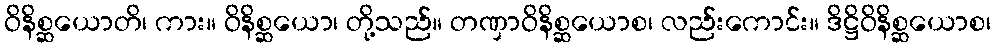
ဝိနိစ္ဆယောတိ၊ ကား။ ဝိနိစ္ဆယော၊ တို့သည်။ တဏှာဝိနိစ္ဆယောစ၊ လည်းကောင်း။ ဒိဋ္ဌိဝိနိစ္ဆယောစ၊